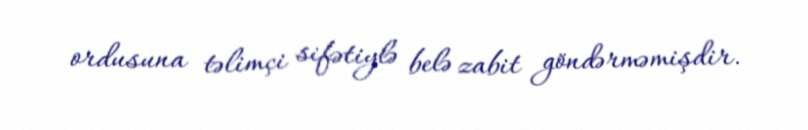
ordusuna təlimçi sifətiylə belə zabit göndərməmişdir.